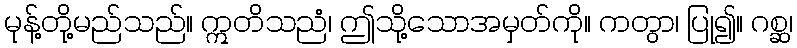
မုန့်တို့မည်သည်။ ဣတိသညံ၊ ဤသို့သောအမှတ်ကို။ ကတွာ၊ ပြု၍။ ဂစ္ဆ၊